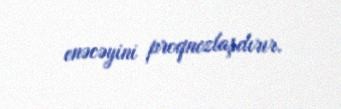
enəcəyini proqnozlaşdırır.